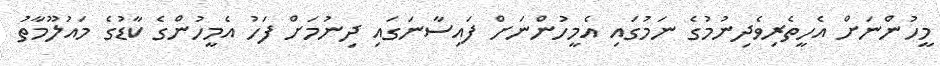
މީހުންނަށް އެހީތެރިވެދިނުމުގެ ނަމުގައި އެމީހުންނަށް ފައިސާނަގައި ދިނުމަށް ފަހު އެމީހުންގެ ކާޑުގެ މައުލޫމާތު